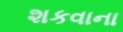
શકવાના